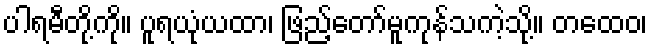
ပါရမီတို့ကို။ ပူရယုံယထာ၊ ဖြည့်တော်မူကုန်သကဲ့သို့။ တထေဝ၊